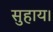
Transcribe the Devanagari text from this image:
सुहाय।